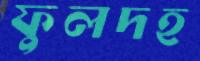
ফুলদহ